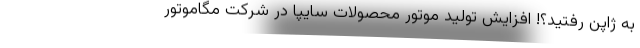
به ژاپن رفتید؟! افزایش تولید موتور محصولات سایپا در شرکت مگاموتور